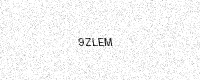
Text: 9ZLEM